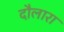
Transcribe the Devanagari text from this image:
दौलारा